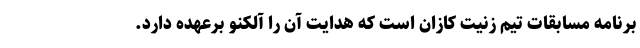
برنامه مسابقات تیم زنیت کازان است که هدایت آن را آلکنو برعهده دارد.